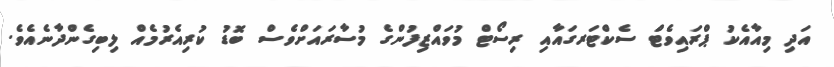
އަދި މިއާއެކު ޕްރައިވެޓް ސެކްޓަރގައާއި ރިސޯޓް މުވައްޒިފުންގެ މުސާރައަށްވެސް ބޮޑު ކުރިއެރުމެއް ލިބިގެންދާނެއެވެ.